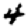
Digit: 4